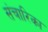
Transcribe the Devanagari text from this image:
संचारिका